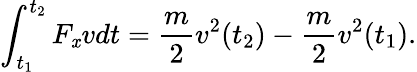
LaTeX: \int_{t_{1}}^{t_{2}}F_{\mathit{x}}vdt={\frac{{m}}{{2}}}v^{2}(t_{2})-{\frac{{m}}{{2}}}v^{2}(t_{1}).